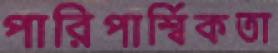
পারিপার্শ্বিকতা